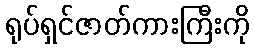
ရုပ်ရှင်ဇာတ်ကားကြီးကို